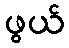
ဖွယ်